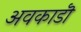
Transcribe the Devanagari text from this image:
अवकाडॊ